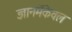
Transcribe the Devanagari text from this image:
ज्ञानमेंकेवल